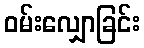
ဝမ်းလျှောခြင်း